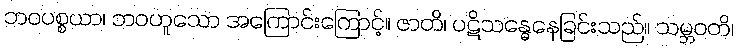
ဘဝပစ္စယာ၊ ဘဝဟူသော အကြောင်းကြောင့်။ ဇာတိ၊ ပဋိသန္ဓေနေခြင်းသည်။ သမ္ဘဝတိ၊